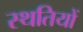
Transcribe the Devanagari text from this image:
स्‍थतियों